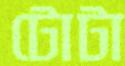
টোটা